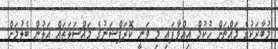
މުބާރަކުގެ މައްޗަށް ހުކުމް އިއްވާފައި މި ވަނީ ކޮރަޕްޝަނުގެ މައްސަލަތައް އަލުން ބެލުމަށް